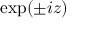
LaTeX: \exp ( \pm i z )